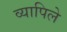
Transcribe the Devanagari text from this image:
व्यापिले